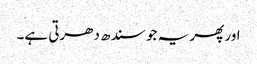
اور پھر یہ جو سندھ دھرتی ہے۔